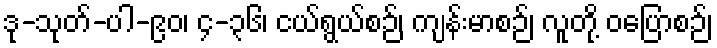
ဒု-သုတ်-ပါ-၉၀၊ ၄-၃၆၊ ငယ်ရွယ်စဉ်၊ ကျန်းမာစဉ်၊ လူတို့ ဝပြောစဉ်၊